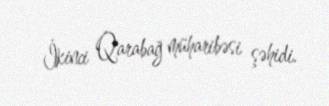
İkinci Qarabağ müharibəsi şəhidi.